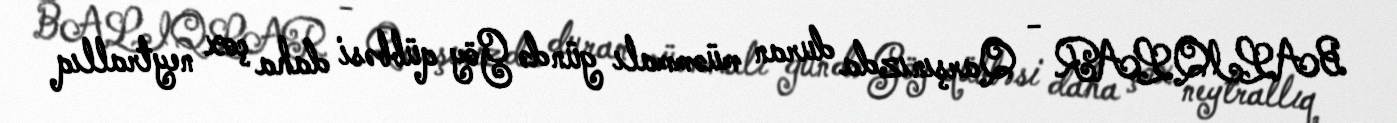
BALIQLAR - Qarşınızda duran müəmmalı gündə Göy qübbəsi daha çox neytrallıq